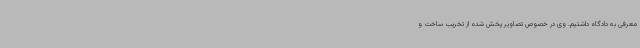
معرفی به دادگاه داشتیم. وی در خصوص تصاویر پخش شده از تخریب ساخت و